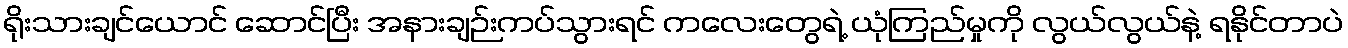
ရိုးသားချင်ယောင် ဆောင်ပြီး အနားချဉ်းကပ်သွားရင် ကလေးတွေရဲ့ ယုံကြည်မှုကို လွယ်လွယ်နဲ့ ရနိုင်တာပဲ